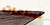
لساعات